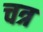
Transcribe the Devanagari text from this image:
चत्र